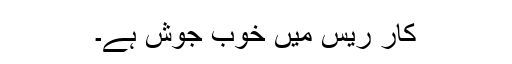
کار ریس میں خوب جوش ہے۔